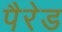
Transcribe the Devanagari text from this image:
पैरेड